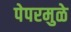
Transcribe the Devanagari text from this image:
पेपरमुळे